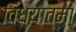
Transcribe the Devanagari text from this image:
विध्यात्मा